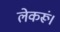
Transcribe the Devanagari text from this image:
लेकरूं।